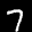
Label: 7